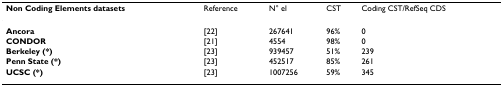
| Non Coding Elements datasets | Reference | N° el | CST | Coding CST/RefSeq CDS |
 | --- | --- | --- | --- | --- |
 | Ancora | [22] | 267641 | 96% | 0 |
 | CONDOR | [21] | 4554 | 98% | 0 |
 | Berkeley (*) | [23] | 939457 | 51% | 239 |
 | Penn State (*) | [23] | 452517 | 85% | 261 |
 | UCSC (*) | [23] | 1007256 | 59% | 345 |